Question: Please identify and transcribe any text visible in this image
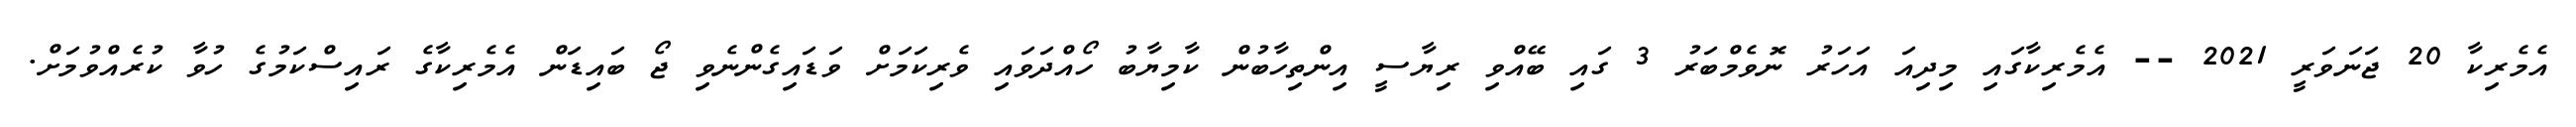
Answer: އެމެރިކާ 20 ޖަނަވަރީ 2021 -- އެމެރިކާގައި މިދިއަ އަހަރު ނޮވެމްބަރު 3 ގައި ބޭއްވި ރިޔާސީ އިންތިހާބުން ކާމިޔާބު ހޯއްދަވައި ވެރިކަމަށް ވަޑައިގެންނެވި ޖޯ ބައިޑަން އެމެރިކާގެ ރައިސްކަމުގެ ހުވާ ކުރެއްވުމަށް.